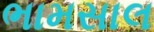
ભામસાલ